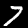
Digit: 7